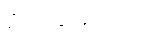
စိတ်ချမ်းသာ